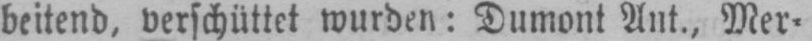
beitend, verschüttet wurden: Dumont Ant., Mer⸗